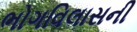
ભોગવિલાસની